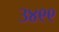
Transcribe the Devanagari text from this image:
३४९९